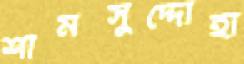
শামসুদ্দোহা